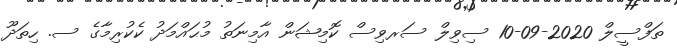
ތަފްސީލް 2020-09-10 ސިވިލް ސަރވިސް ކޮމިޝަން އާމިނަތު މުޙައްމަދު ކެކުރިމާގެ ސ. ހިތަދޫ